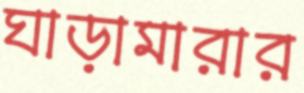
ঘাড়ামারার